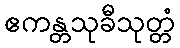
ဧကန္တသုခီသုတ္တံ